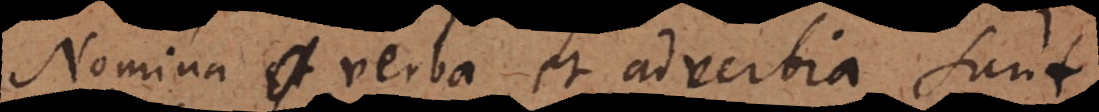
Nomina, verba et adverbia sunt